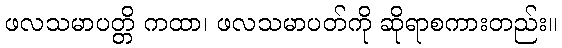
ဖလသမာပတ္တိ ကထာ၊ ဖလသမာပတ်ကို ဆိုရာစကားတည်း။